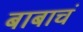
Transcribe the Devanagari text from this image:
बाबाचं